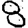
Digit: 8